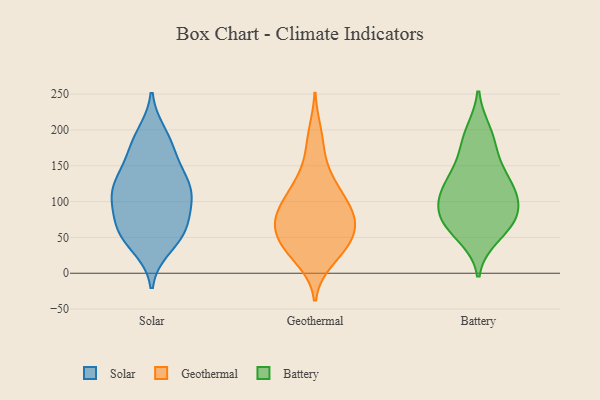
{"axis": {"x": "Gross Profit (USD K)", "y": "Value"}, "legend": ["Battery", "Geothermal", "Solar"], "data": [{"x": "", "y": 146, "type": "Solar"}, {"x": "", "y": 82, "type": "Solar"}, {"x": "", "y": 57, "type": "Solar"}, {"x": "", "y": 62, "type": "Solar"}, {"x": "", "y": 116, "type": "Solar"}, {"x": "", "y": 124, "type": "Solar"}, {"x": "", "y": 38, "type": "Solar"}, {"x": "", "y": 54, "type": "Solar"}, {"x": "", "y": 193, "type": "Solar"}, {"x": "", "y": 61, "type": "Solar"}, {"x": "", "y": 177, "type": "Solar"}, {"x": "", "y": 109, "type": "Solar"}, {"x": "", "y": 178, "type": "Solar"}, {"x": "", "y": 131, "type": "Solar"}, {"x": "", "y": 110, "type": "Solar"}, {"x": "", "y": 104, "type": "Solar"}, {"x": "", "y": 104, "type": "Geothermal"}, {"x": "", "y": 75, "type": "Geothermal"}, {"x": "", "y": 18, "type": "Geothermal"}, {"x": "", "y": 48, "type": "Geothermal"}, {"x": "", "y": 83, "type": "Geothermal"}, {"x": "", "y": 57, "type": "Geothermal"}, {"x": "", "y": 116, "type": "Geothermal"}, {"x": "", "y": 86, "type": "Geothermal"}, {"x": "", "y": 81, "type": "Geothermal"}, {"x": "", "y": 37, "type": "Geothermal"}, {"x": "", "y": 39, "type": "Geothermal"}, {"x": "", "y": 129, "type": "Geothermal"}, {"x": "", "y": 169, "type": "Geothermal"}, {"x": "", "y": 46, "type": "Geothermal"}, {"x": "", "y": 25, "type": "Geothermal"}, {"x": "", "y": 77, "type": "Geothermal"}, {"x": "", "y": 72, "type": "Geothermal"}, {"x": "", "y": 196, "type": "Geothermal"}, {"x": "", "y": 125, "type": "Geothermal"}, {"x": "", "y": 187, "type": "Battery"}, {"x": "", "y": 64, "type": "Battery"}, {"x": "", "y": 72, "type": "Battery"}, {"x": "", "y": 96, "type": "Battery"}, {"x": "", "y": 121, "type": "Battery"}, {"x": "", "y": 82, "type": "Battery"}, {"x": "", "y": 73, "type": "Battery"}, {"x": "", "y": 197, "type": "Battery"}, {"x": "", "y": 162, "type": "Battery"}, {"x": "", "y": 127, "type": "Battery"}, {"x": "", "y": 112, "type": "Battery"}, {"x": "", "y": 52, "type": "Battery"}, {"x": "", "y": 100, "type": "Battery"}, {"x": "", "y": 136, "type": "Battery"}]}